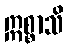
ဣစ္စာသိ